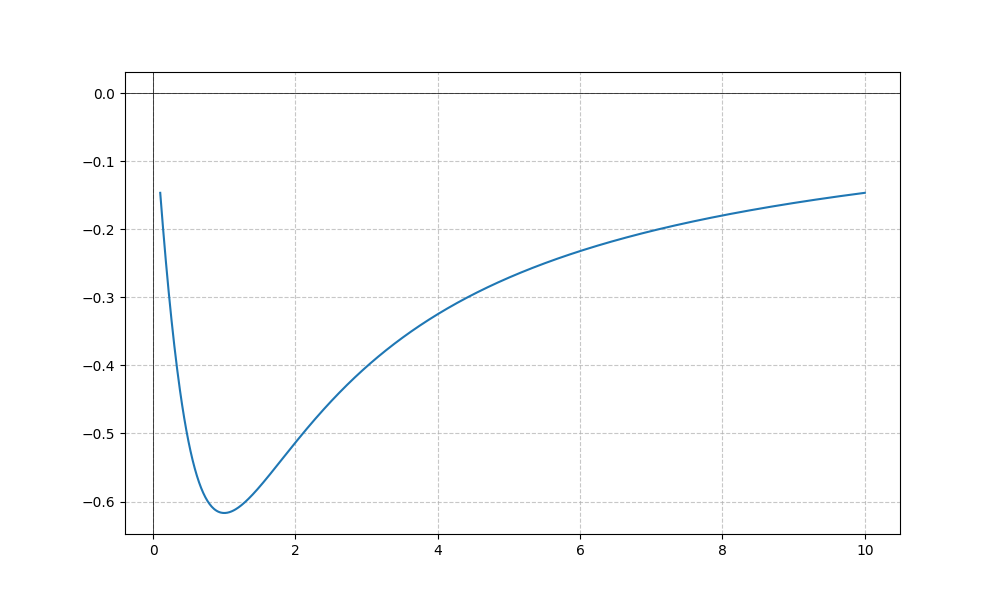
LaTeX formula: - \operatorname{acot}{\left(x \right)} \operatorname{atan}{\left(x \right)}